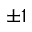
\pm 1